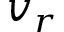
v _ { r }